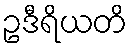
ဥဒီရိယတိ